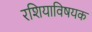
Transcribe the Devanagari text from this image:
रशियाविषयक